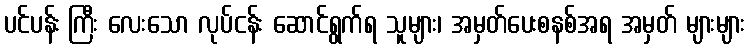
ပင်ပန်း ကြီး လေးသော လုပ်ငန်း ဆောင်ရွက်ရ သူများ၊ အမှတ်ပေးစနစ်အရ အမှတ် များများ